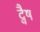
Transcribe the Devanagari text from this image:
द्वैष